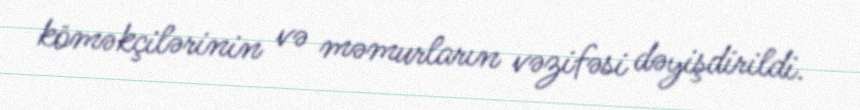
köməkçilərinin və məmurların vəzifəsi dəyişdirildi.